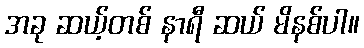
အခု ဆယ့်တစ် နာရီ ဆယ် မိနစ်ပါ။